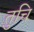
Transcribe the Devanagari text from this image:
तुचि